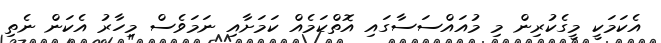
އެކަމަކީ މީގެކުރިން މި މުއައްސަސާގައި އޮތްކަމެއް ކަމަށާއި ނަމަވެސް މިހާރު އެކަން ނެތި